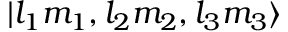
| l _ { 1 } m _ { 1 } , l _ { 2 } m _ { 2 } , l _ { 3 } m _ { 3 } \rangle